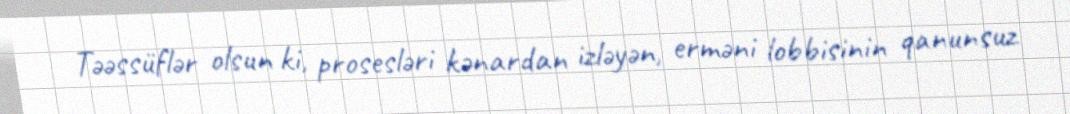
Təəssüflər olsun ki, prosesləri kənardan izləyən, erməni lobbisinin qanunsuz